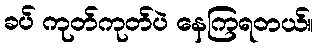
ခပ် ကုတ်ကုတ်ပဲ နေကြရတယ်။